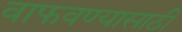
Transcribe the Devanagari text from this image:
वाफवण्यासाठी